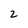
Character: 2